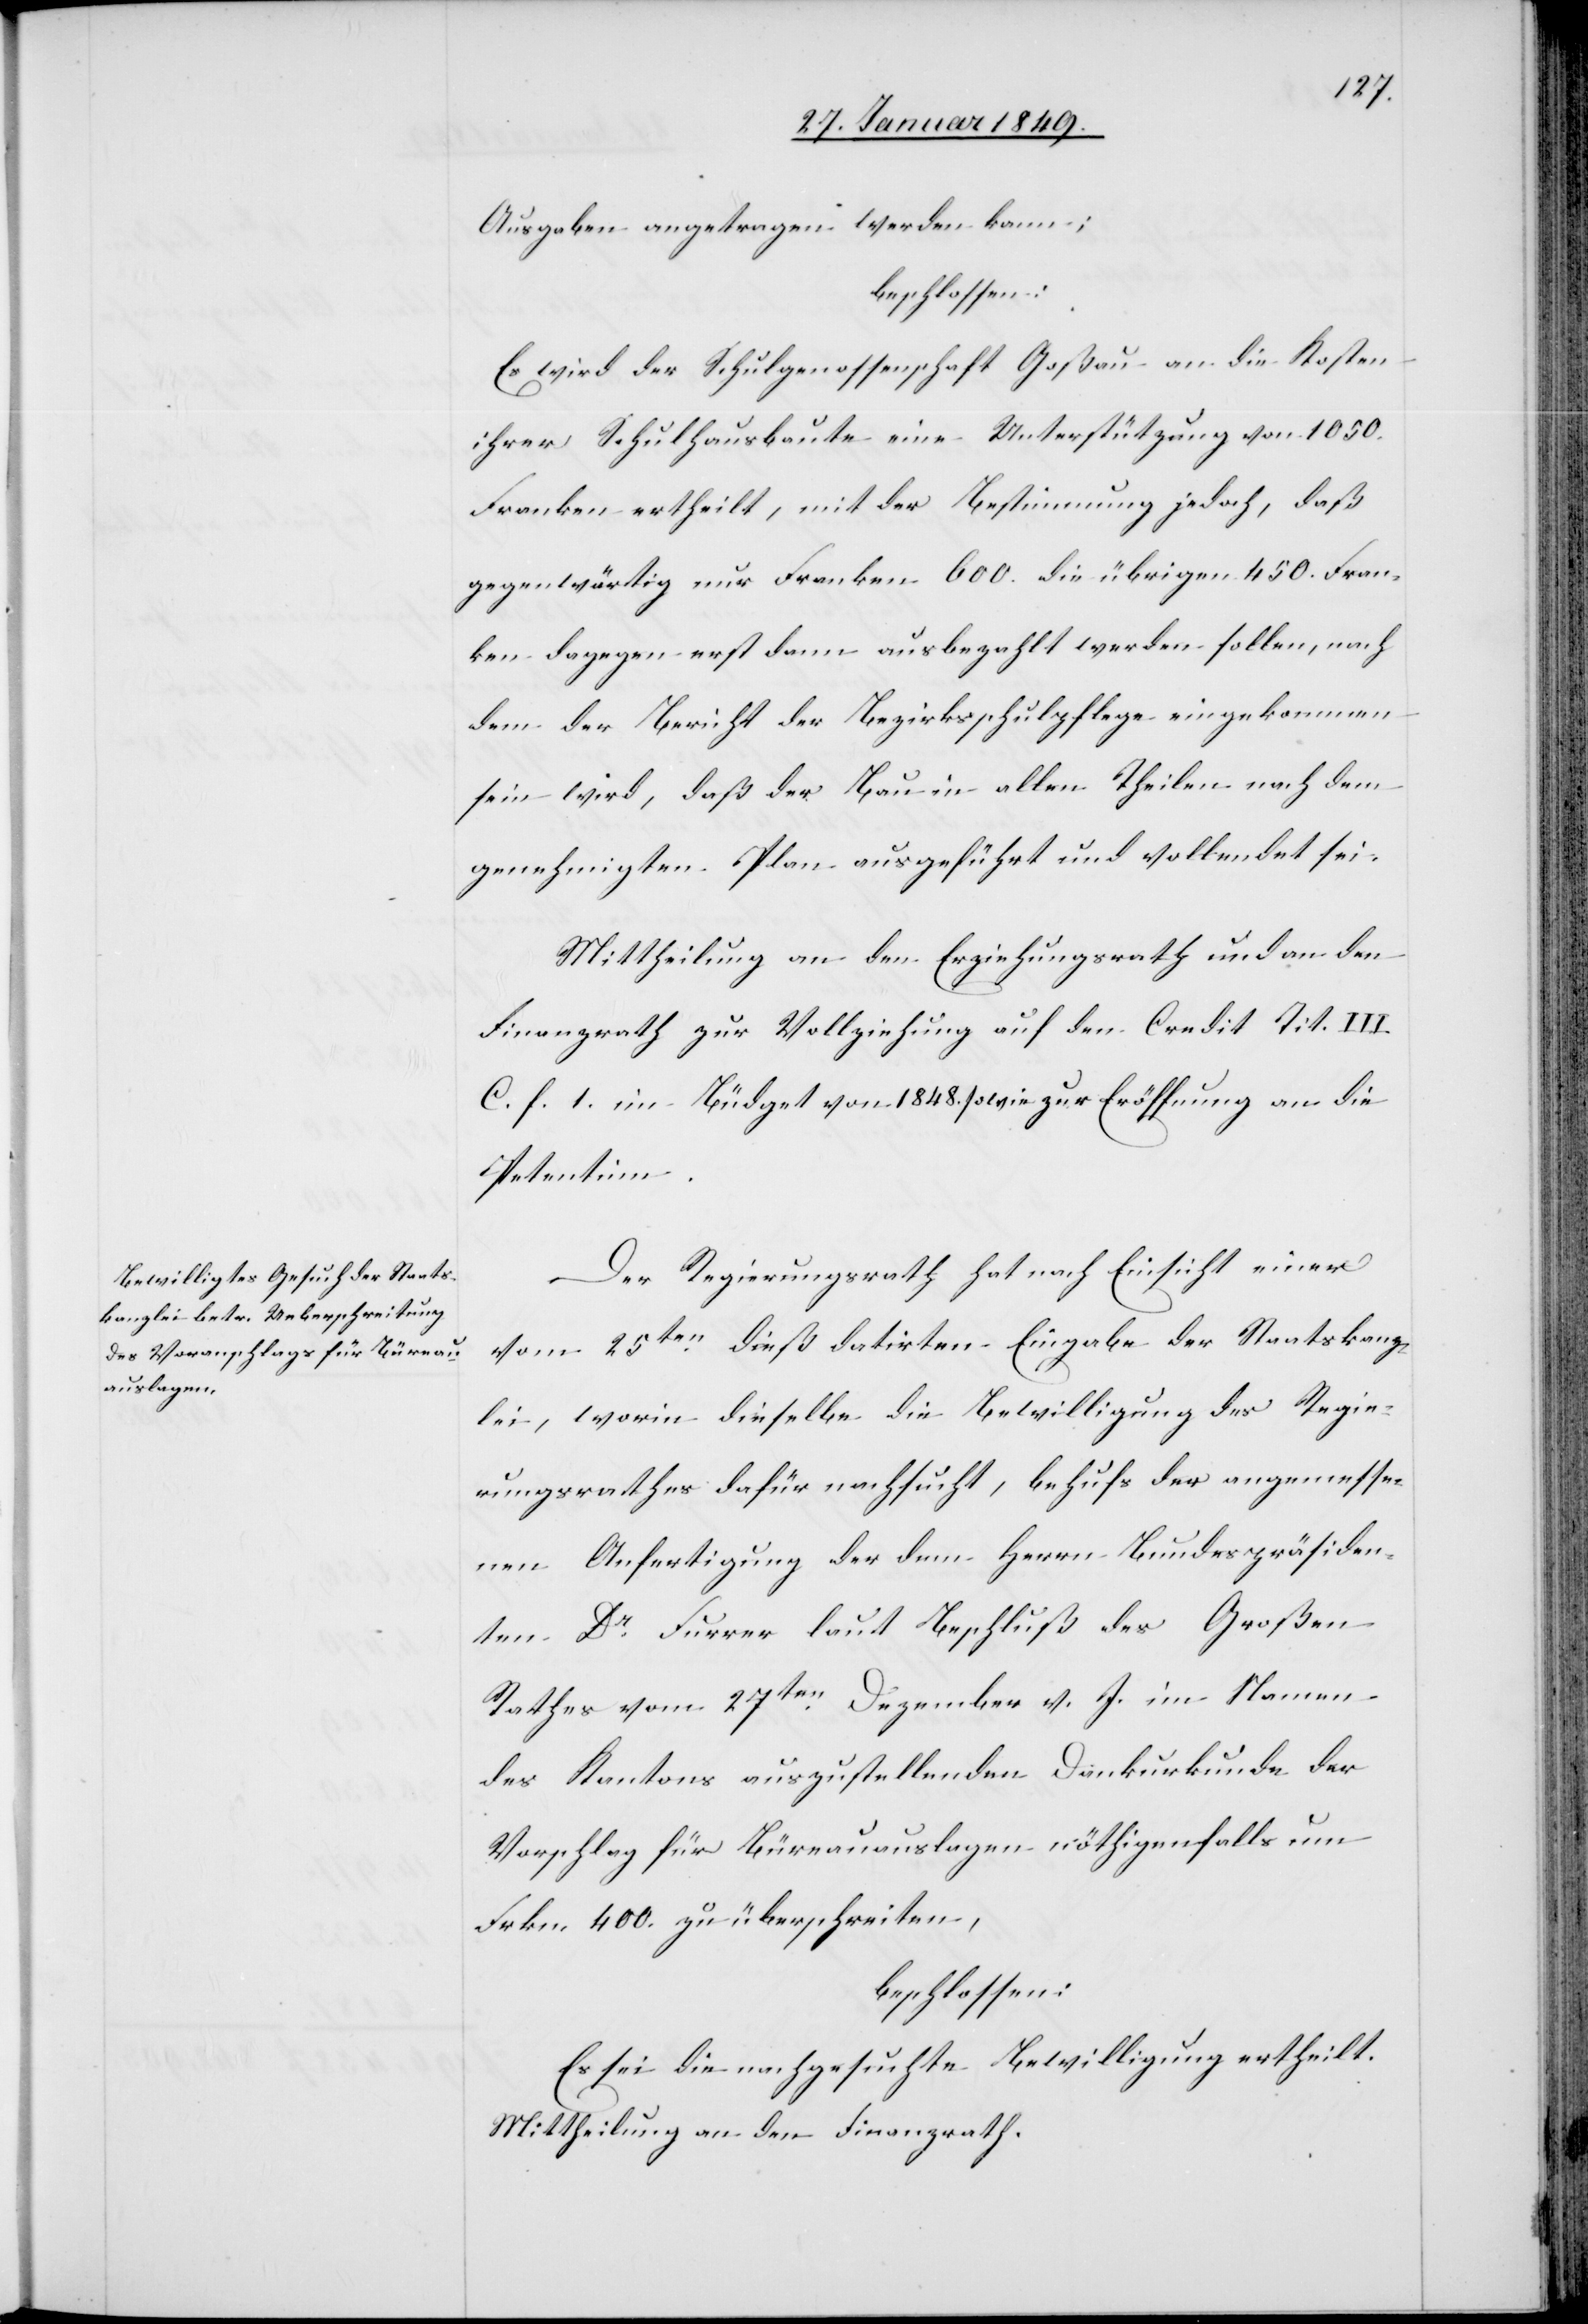
Ausgaben angetragen werden kann;
beschlossen:
Es wird der Schulgenossenschaft Goßau an die Kosten
ihrer Schulhausbaute eine Unterstützung von 1050.
Franken ertheilt, mit der Bestimmung jedoch, daß
gegenwärtig nur Franken 600. die übrigen 450. Fran¬
ken dagegen erst dann ausbezahlt werden sollen, nach
dem der Bericht der Bezirksschulpflege eingekommen
sein wird, daß der Bau in allen Theilen nach dem
genehmigten Plan ausgeführt und vollendet sei.
Mittheilung an den Erziehungsrath und an den
Finanzrath zur Vollziehung auf den Credit Tit. III
C. f. 1. im Büdget von 1848. sowie zur Eröffnung an die
Petentinn.
Der Regierungsrath hat nach Einsicht einer
vom 25ten. dieß datirten Eingabe der Staatskanz¬
lei, worin dieselbe die Bewilligung des Regie¬
rungsrathes dafür nachsucht, behufs der angemesse¬
nen Anfertigung der dem Herrn Bundespräsiden¬
ten Dr. Furrer laut Beschluß des Großen
Rathes vom 27ten. Dezember v. J. im Namen
des Kantons auszustellenden Dankurkunde der
Vorschlag für Büreauauslagen nöthigenfalls um
Frkn. 400. zu überschreiten,
beschlossen:
Es sei die nachgesuchte Bewilligung ertheilt.
Mittheilung an den Finanzrath.